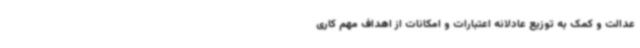
عدالت و کمک به توزیع عادلانه اعتبارات و امکانات از اهداف مهم کاری